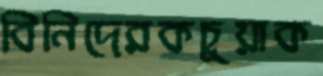
বিনিদেরকচুয়াক